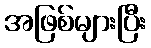
အဖြစ်များပြီး